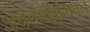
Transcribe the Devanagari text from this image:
अवकाशामधून